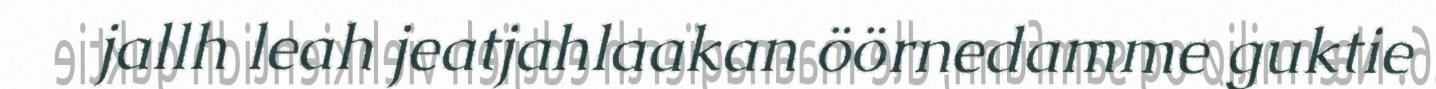
jallh leah jeatjahlaakan öörnedamme guktie